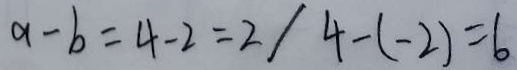
a - b = 4 - 2 = 2 / 4 - ( - 2 ) = 6